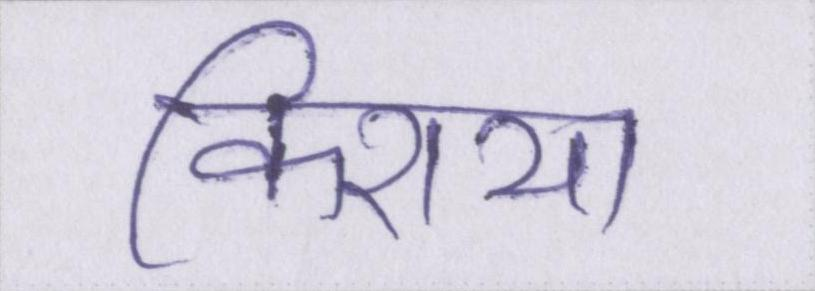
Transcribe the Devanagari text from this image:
किराया